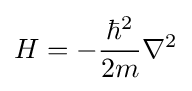
H=-{\frac {\hbar ^{2}}{2m}}\nabla ^{2}